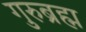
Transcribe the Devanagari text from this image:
गुरुब्रह्म